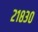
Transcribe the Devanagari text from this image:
२१८३०